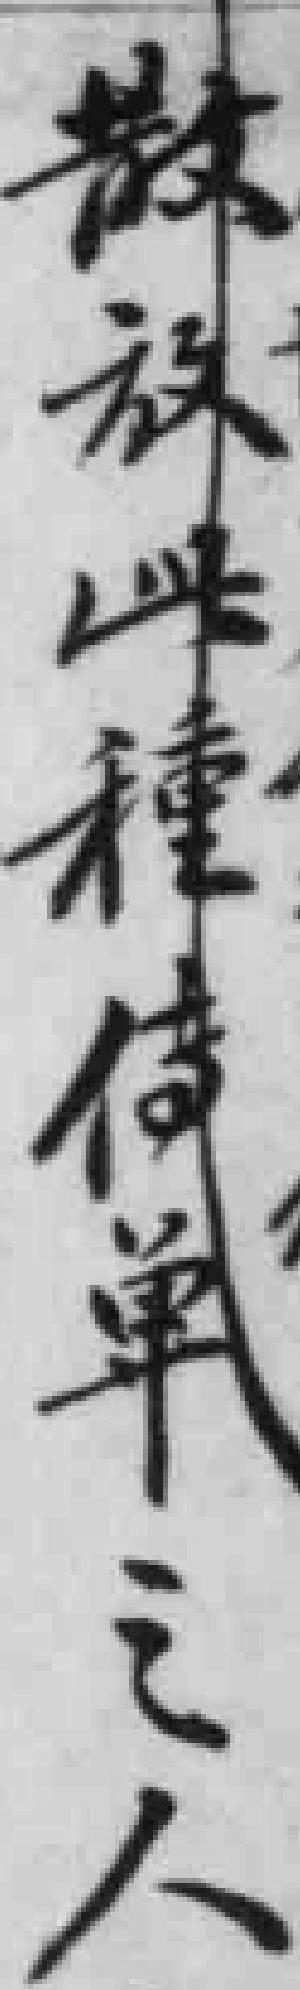
散放此種侍单之人